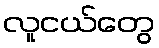
လူငယ်တွေ